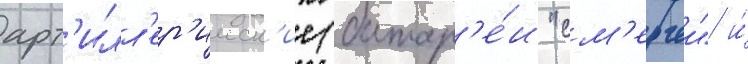
арт'илл'ер'ииск'ие (батар'е́и "см'ерчеи" и́